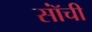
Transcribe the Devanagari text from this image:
सॉंची